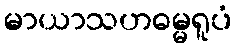
မာယာသဟဓမ္မရူပံ